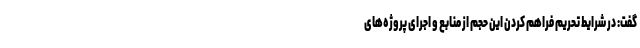
گفت: ‌در شرایط تحریم فراهم کردن این حجم از منابع و اجرای پروژه‌های